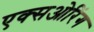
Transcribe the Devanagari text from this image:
एक्सओरिंग